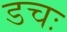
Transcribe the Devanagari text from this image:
डचः